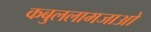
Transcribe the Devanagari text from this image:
कबुललामजाओ